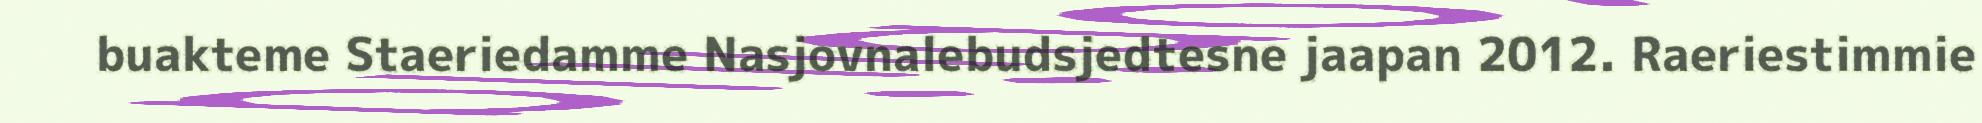
buakteme Staeriedamme Nasjovnalebudsjedtesne jaapan 2012. Raeriestimmie